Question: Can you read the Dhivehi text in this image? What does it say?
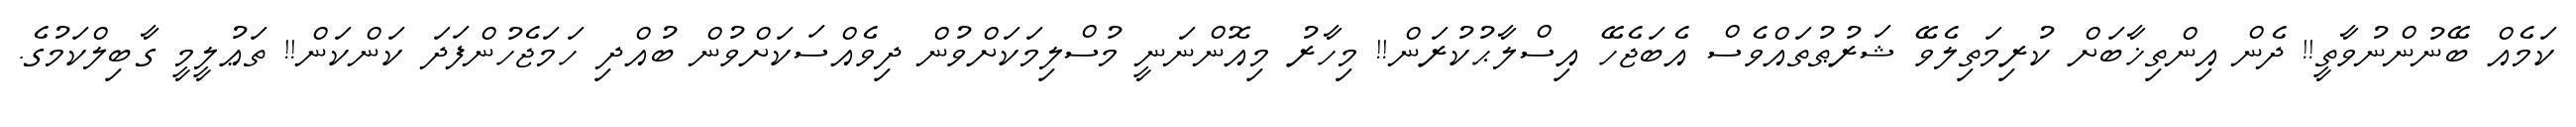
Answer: ކަމެއް ބޭނުންނުވާތީ!! ދެން އިންތިޚާބަށް ކުރިމަތިލެވޭ ޝަރުޠުތައްވެސް އެބަޖެހޭ އިސްލާޙުކުރަން!! މިހާރު މިއޮންނަނީ މުސްލިމަކަށްވުން ދިވެއްސަކަށްވުން ބުއްދި ހަމަޖެހުންފަދަ ކަންކަން!! ތަޢުލީމީ ގާބިލްކަމުގެ.